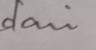
Signature authenticity: genuine